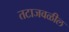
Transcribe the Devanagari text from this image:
तटाजवळील